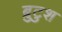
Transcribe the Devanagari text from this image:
ब्रुटुश